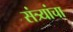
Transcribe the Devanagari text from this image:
संत्र्यांचा